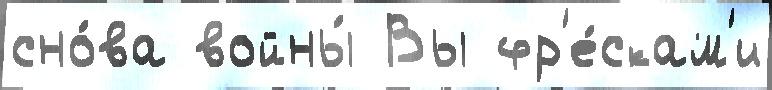
сно́ва войны́ Вы фр'е́скам'и